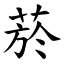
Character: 菸